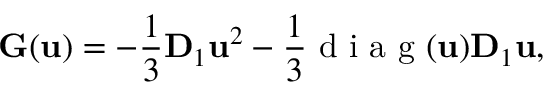
\mathbf { G } ( \mathbf { u } ) = - \frac { 1 } { 3 } \mathbf { D } _ { 1 } \mathbf { u } ^ { 2 } - \frac { 1 } { 3 } \mathrm { ~ d ~ i ~ a ~ g ~ } ( \mathbf { u } ) \mathbf { D } _ { 1 } \mathbf { u } ,